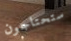
ستحتاجون